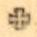
+